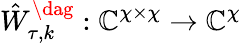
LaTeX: \hat{W}_{\tau,k}^{\dag}:\mathbb{C}^{\chi\times\chi}\to\mathbb{C}^{\chi}